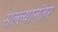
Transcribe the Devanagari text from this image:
सल्ल्यानंतर